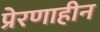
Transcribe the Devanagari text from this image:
प्रेरणाहीन